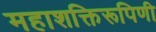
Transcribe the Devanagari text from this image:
महाशक्तिरूपिणी